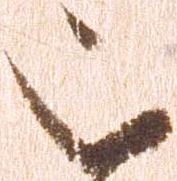
被